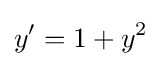
y'=1+y^{2}